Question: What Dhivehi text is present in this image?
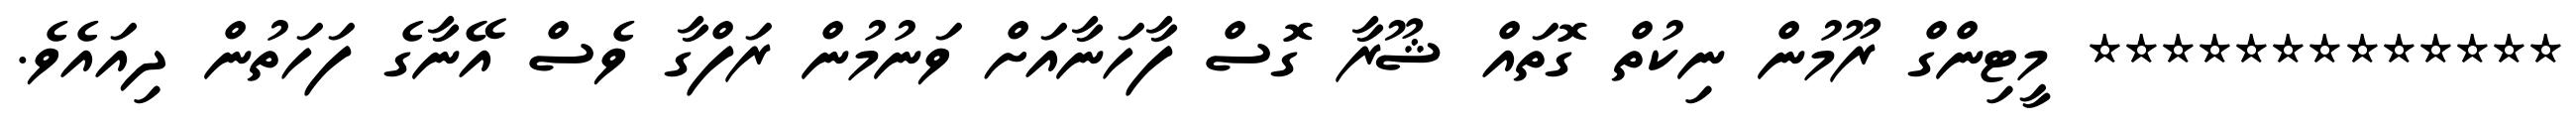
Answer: ************* މީޓިންގް ރޫމުން ނިކުތް ގޮތައް ޝޫރާ ގޮސް ފާހަނާއަށް ވަނުމުން ރަފްގާ ވެސް އޭނާގެ ފަހަތުން ދިއައެވެ.